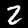
Label: 2